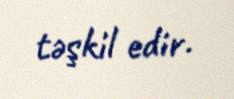
təşkil edir.